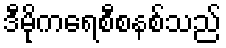
ဒီမိုကရေစီစနစ်သည်